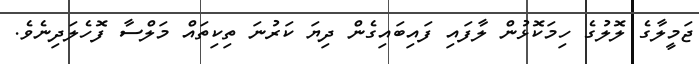
ޖަމީލާގެ ލޮލުގެ ހިމަކޮޅުން ލާފައި ފައިބައިގެން ދިޔަ ކަރުނަ ތިކިތައް މަލްސާ ފޮހެލަދިނެވެ.